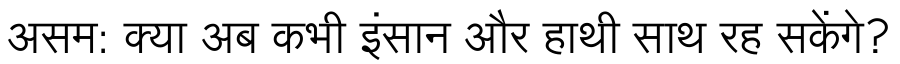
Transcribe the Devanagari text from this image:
असम: क्या अब कभी इंसान और हाथी साथ रह सकेंगे?